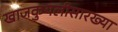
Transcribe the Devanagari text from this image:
खाजकुयलीसारख्या